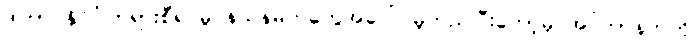
ဒါဟာ နိုင်ငံ၊တရားစီရင်မှု နယ်နိမိတ်တွေအပေါ် မူတည်ပြီးတော့မှ အင်တာနက်ကို